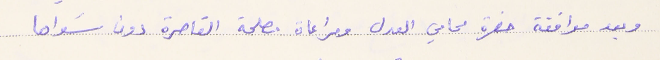
وبعد موافقة حضرة محامي العدل ومراعاة مصلحة القاصرة دون سَواها